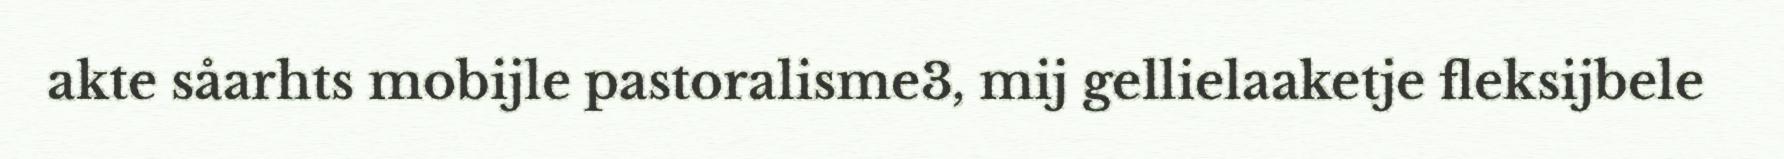
akte såarhts mobijle pastoralisme3, mij gellielaaketje fleksijbele